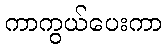
ကာကွယ်ပေးကာ